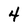
Character: 4